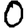
Digit: 0